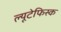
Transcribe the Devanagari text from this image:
ल्यूटेफिस्क